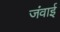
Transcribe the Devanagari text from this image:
जंवाई